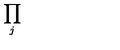
\prod _ { j }